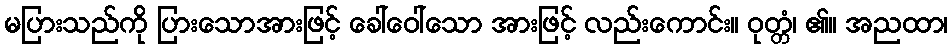
မပြားသည်ကို ပြားသောအားဖြင့် ခေါ်ဝေါ်သော အားဖြင့် လည်းကောင်း။ ဝုတ္တံ၊ ၏။ အညထာ၊